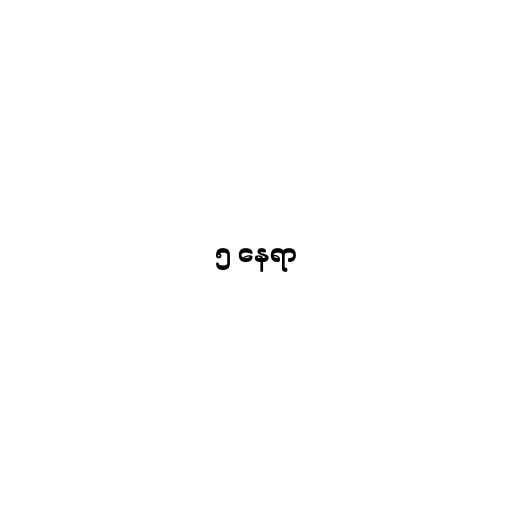
၅ နေရာ